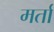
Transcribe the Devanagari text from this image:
मर्ता